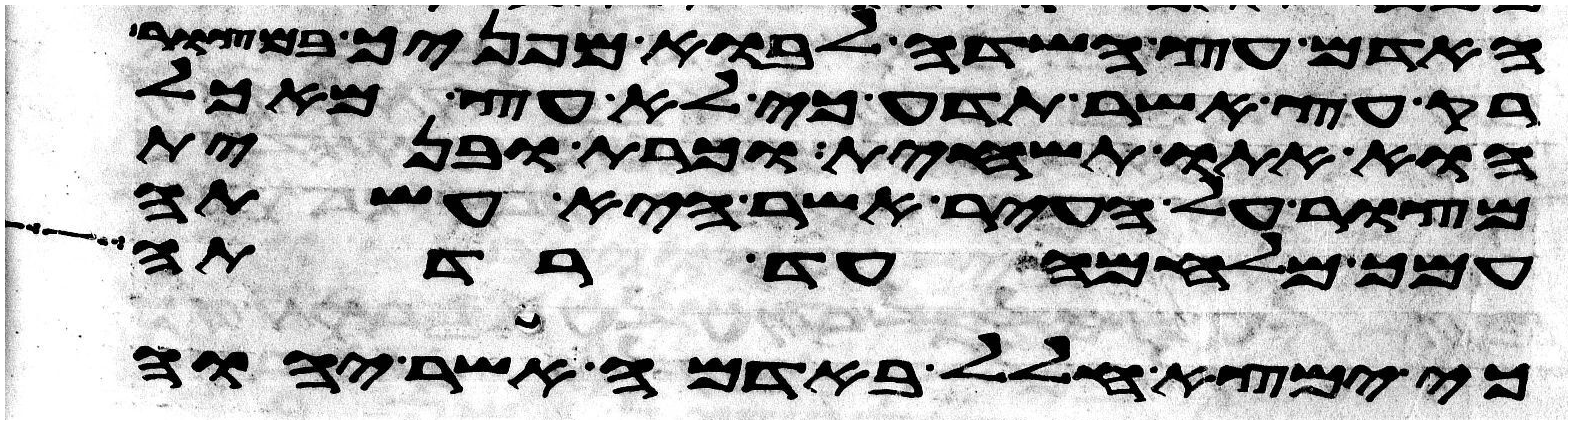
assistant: האדם עץ השדה לבוא מפניך במצור
רק עץ אשר תדע כי לא עץ מאכל
הוא אתו תשחית וכרת ובנית
מצור על העיר אשר היא עשתה
עמך מלחמה עד רדתה
כי ימצא חלל באדמה אשר יהוה